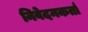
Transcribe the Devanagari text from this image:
निवेदनकर्ता